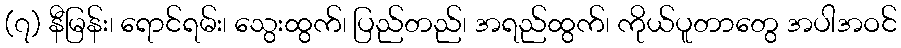
(၇) နီမြန်း၊ ရောင်ရမ်း၊ သွေးထွက်၊ ပြည်တည်၊ အရည်ထွက်၊ ကိုယ်ပူတာတွေ အပါအဝင်